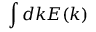
\int d k E ( k )